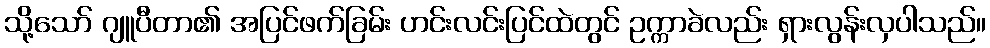
သို့သော် ဂျူပီတာ၏ အပြင်ဖက်ခြမ်း ဟင်းလင်းပြင်ထဲတွင် ဥက္ကာခဲလည်း ရှားလွန်းလှပါသည်။